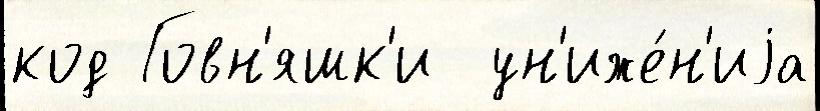
код Говн'яшк'и  ун'иже́н'иjа